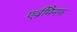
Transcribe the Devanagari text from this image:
एव्रीमैनफ़